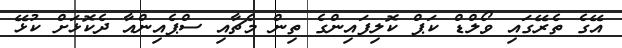
އޭގެ ތެރޭގައި ވޯލްޑް ކަޕް ކޮލިފައިންގެ ތިން މެޗާއި ސްޕެއިންއާ ދެކޮޅަށް ކުޅޭ